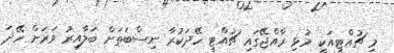
މި ޗުއްޓީއަކީ މުުޅި ރާއްޖޭގައި ޗުއްޓީ ހޭދަކުރާ ނިސްބަތަށް ބަލާއިރު ވަރަށް ހޭދަ